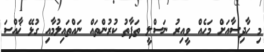
މި ހާދިސާއަށް މަހެއް ވީއިރު ނަސްލީ ތަފާތު ކުރުންތައް ނައްތައިލުމާއި ގުޅޭ ޚާއްސަ